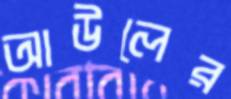
আউলের